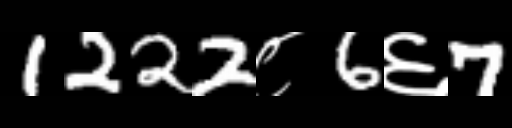
Text: 1222८6६7